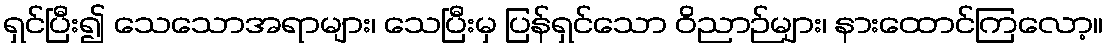
ရှင်ပြီး၍ သေသောအရာများ၊ သေပြီးမှ ပြန်ရှင်သော ဝိညာဉ်များ၊ နားထောင်ကြလော့။